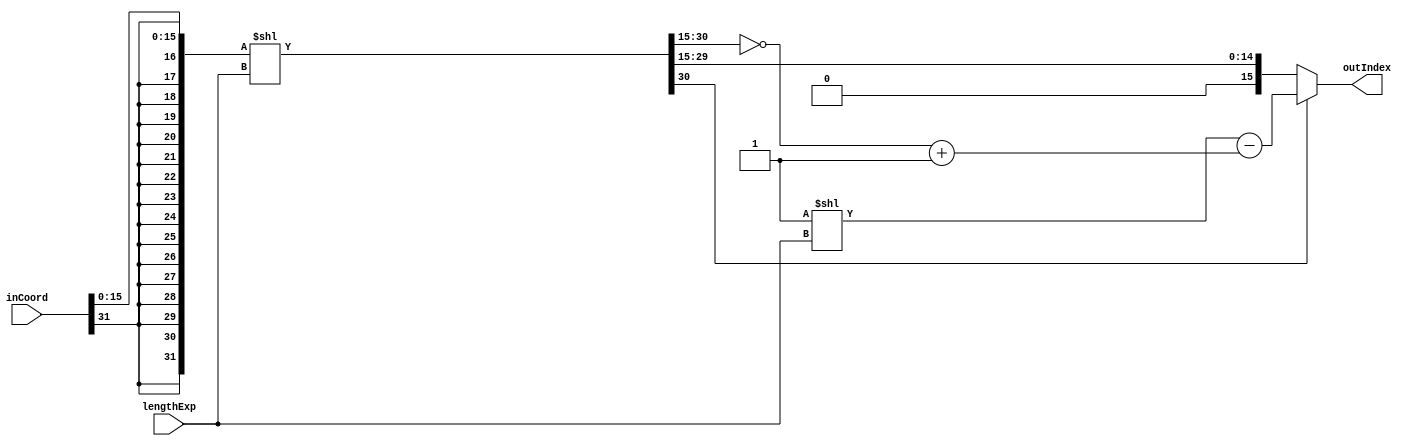
module anfFl_tex_coordDenorm
	(
		input [31:0] inCoord,
		input [3:0] lengthExp,
		output [15:0] outIndex
	);

	wire [31:0] signedFractional;
	wire [31:0] shifted;
	wire [15:0] truncated;
	wire [15:0] negativeTruncated;
	wire [15:0] length;
	wire [15:0] mirrored;

	assign signedFractional = {{16{inCoord[31]}}, inCoord[15:0]};
	assign shifted[31:1] = signedFractional << lengthExp;

	assign truncated = shifted[31:16];
	assign negativeTruncated = ~truncated + 1;
	assign length = 16'b1 << lengthExp;
	assign mirrored = length - negativeTruncated;
	assign outIndex = truncated[15] ? mirrored : truncated;
	
endmodule